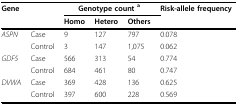
| Gene |  | <COLSPAN=3> Genotype count a | Risk-allele frequency |
 |  |  | Homo | Hetero | Others |  |
 | --- | --- | --- | --- | --- | --- |
 | ASPN | Case | 9 | 127 | 797 | 0.078 |
 |  | Control | 3 | 147 | 1,075 | 0.062 |
 | GDF5 | Case | 566 | 313 | 54 | 0.774 |
 |  | Control | 684 | 461 | 80 | 0.747 |
 | DVWA | Case | 369 | 428 | 136 | 0.625 |
 |  | Control | 397 | 600 | 228 | 0.569 |